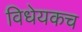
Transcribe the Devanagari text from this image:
विधेयकच